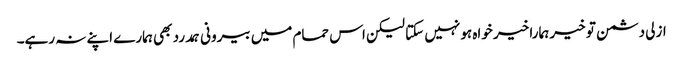
ازلی دشمن تو خیر ہمارا خیر خواہ ہو نہیں سکتا لیکن اس حمام میں بیرونی ہمدرد بھی ہمارے اپنے نہ رہے۔